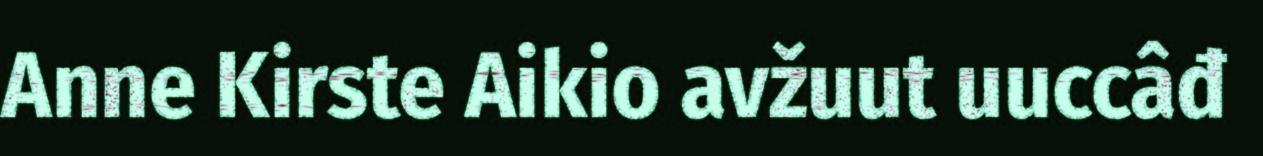
Anne Kirste Aikio avžuut uuccâđ